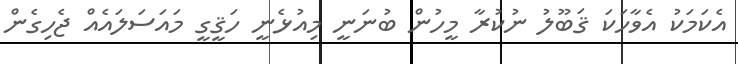
އެކަމަކު އެވާހަކަ ޤަބޫލު ނުކުރާ މީހުން ބުނަނީ މިއުޅެނީ ހަޤީގީ މައަސަލައެއް ޖެހިގެން